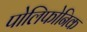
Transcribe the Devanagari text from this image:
पोलिफोनिक